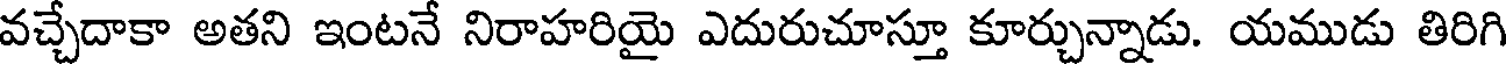
వచ్చేదాకా అతని ఇంటనే నిరాహరియై ఎదురుచూస్తూ కూర్చున్నాడు. యముడు తిరిగి